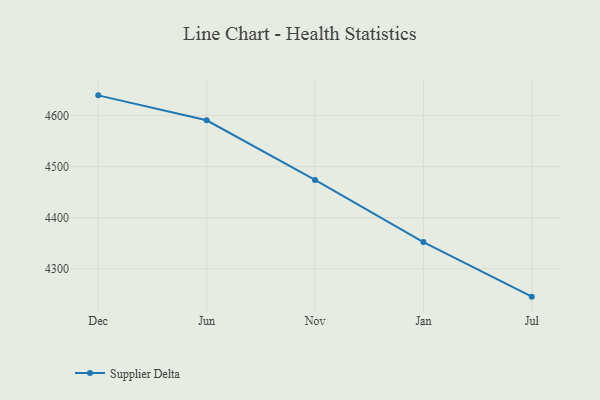
{"axis": {"x": "Month", "y": "Budget (USD K)"}, "legend": ["Supplier Delta"], "data": [{"x": "Dec", "y": 4639.8, "type": "Supplier Delta"}, {"x": "Jun", "y": 4590.9, "type": "Supplier Delta"}, {"x": "Nov", "y": 4474.1, "type": "Supplier Delta"}, {"x": "Jan", "y": 4352.1, "type": "Supplier Delta"}, {"x": "Jul", "y": 4245.2, "type": "Supplier Delta"}]}